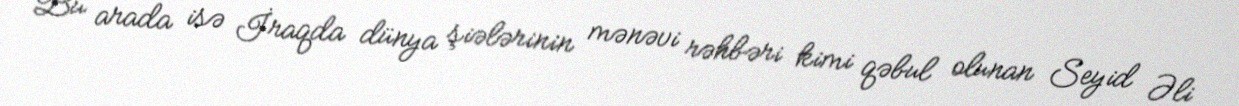
Bu arada isə İraqda dünya şiələrinin mənəvi rəhbəri kimi qəbul olunan Seyid Əli